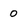
Character: 0